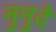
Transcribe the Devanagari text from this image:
नुनुदे